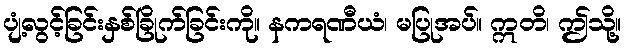
ပျံ့လွင့်ခြင်းနှစ်ခြိုက်ခြင်းကို။ နကရဏီယံ၊ မပြုအပ်။ ဣတိ၊ ဤသို့။